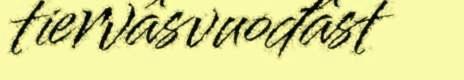
tiervâsvuođâst